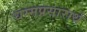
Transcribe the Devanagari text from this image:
धम्मप्रसारार्थ